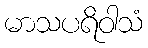
မာသပရိဝါသံ